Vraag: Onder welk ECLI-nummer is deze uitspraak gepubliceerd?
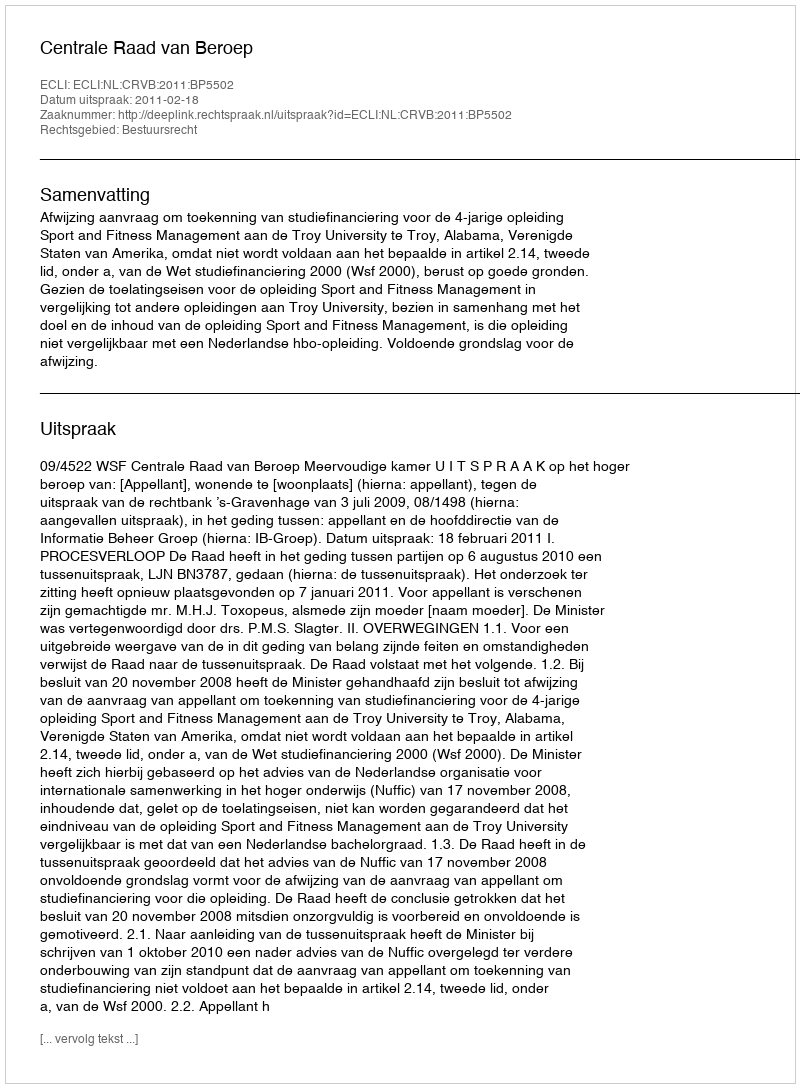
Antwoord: ECLI:NL:CRVB:2011:BP5502